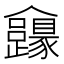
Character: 𠑮